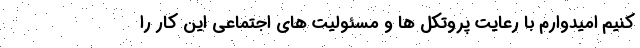
کنیم امیدوارم با رعایت پروتکل ها و مسئولیت های اجتماعی این کار را